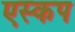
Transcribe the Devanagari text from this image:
एस्कप